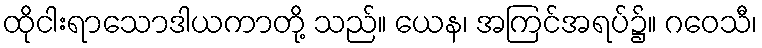
ထိုငါးရာသောဒါယကာတို့ သည်။ ယေန၊ အကြင်အရပ်၌။ ဂဝေသီ၊